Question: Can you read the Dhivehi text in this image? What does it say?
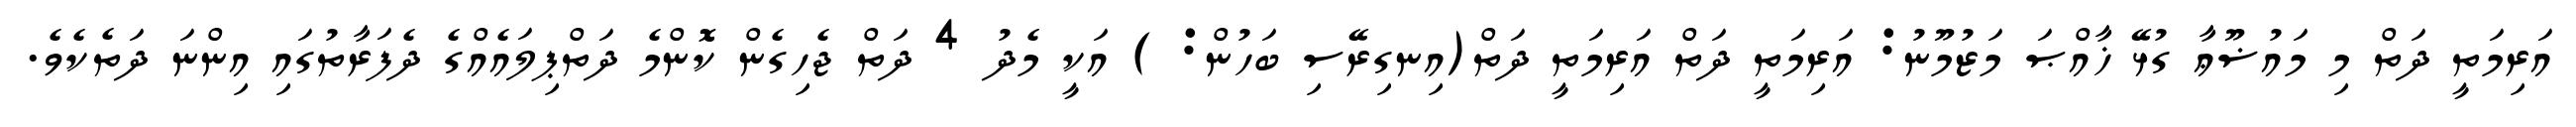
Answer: އަރިމަތީ ދަތް މި މައުޟޫޢާ ގުޅޭ ޚާއްޞަ މަޒުމޫނު: އަރިމަތީ ދަތް އަރިމަތީ ދަތް(އިނގިރޭސި ބަހުން: ) އަކީ މެދު 4 ދަތް ޖެހިގެން ކޮންމެ ދަތްޕިލައެއްގެ ދެފަރާތުގައި އިންނަ ދަތެކެވެ.